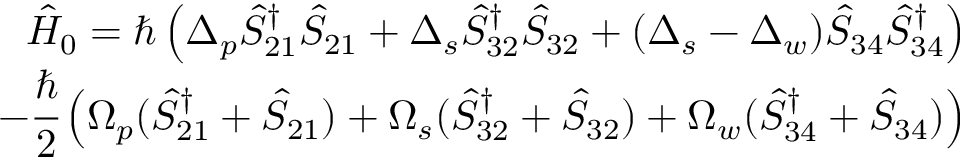
\begin{array} { r } { \hat { H } _ { 0 } = \hslash \left( \Delta _ { p } \hat { S } _ { 2 1 } ^ { \dagger } \hat { S } _ { 2 1 } + \Delta _ { s } \hat { S } _ { 3 2 } ^ { \dagger } \hat { S } _ { 3 2 } + ( \Delta _ { s } - \Delta _ { w } ) \hat { S } _ { 3 4 } \hat { S } _ { 3 4 } ^ { \dagger } \right) } \\ { - \cfrac { \hslash } { 2 } \left( \Omega _ { p } ( \hat { S } _ { 2 1 } ^ { \dagger } + \hat { S } _ { 2 1 } ) + \Omega _ { s } ( \hat { S } _ { 3 2 } ^ { \dagger } + \hat { S } _ { 3 2 } ) + \Omega _ { w } ( \hat { S } _ { 3 4 } ^ { \dagger } + \hat { S } _ { 3 4 } ) \right) } \end{array}